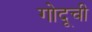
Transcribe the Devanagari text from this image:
गोदूची